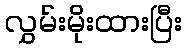
လွှမ်းမိုးထားပြီး